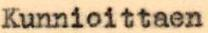
Kunnioittaen